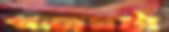
গজঘটা